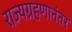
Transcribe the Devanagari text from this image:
राज्यग्रहणानंतर